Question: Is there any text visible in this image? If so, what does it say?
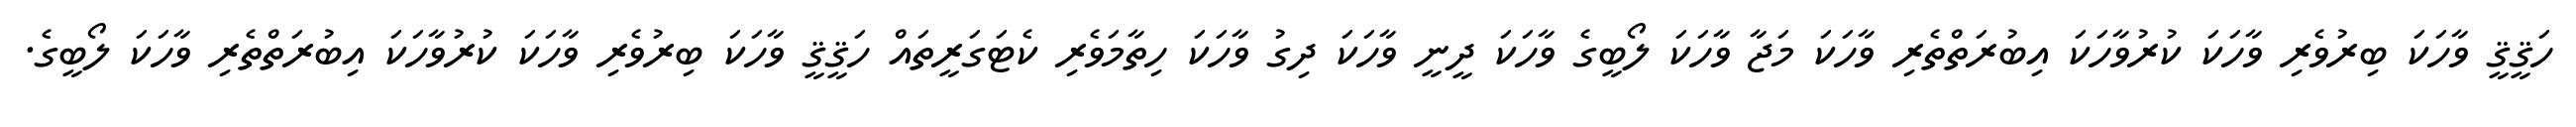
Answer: ހަޤީޤީ ވާހަކަ ބިރުވެރި ވާހަކަ ކުރުވާހަކަ އިބުރަތްތެރި ވާހަކަ މަޖާ ވާހަކަ ލޯބީގެ ވާހަކަ ދީނީ ވާހަކަ ދިގު ވާހަކަ ހިތާމަވެރި ކެޓަގަރީތައް ހަޤީޤީ ވާހަކަ ބިރުވެރި ވާހަކަ ކުރުވާހަކަ އިބުރަތްތެރި ވާހަކަ ލޯބީގެ.